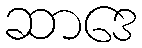
ဆာဒေ